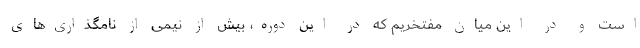
است و در این میان مفتخریم که در این دوره، بیش از نیمی از نامگذاری‌های